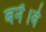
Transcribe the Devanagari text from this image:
बनें।वे